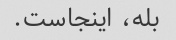
بله، اینجاست.